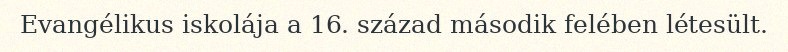
Evangélikus iskolája a 16. század második felében létesült.